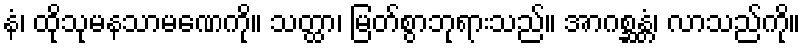
နံ၊ ထိုသုမနသာမဏေကို။ သတ္ထာ၊ မြတ်စွာဘုရားသည်။ အာဂစ္ဆန္တံ၊ လာသည်ကို။